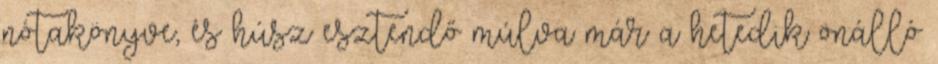
nótakönyve, és húsz esztendő múlva már a hetedik önálló